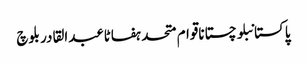
پاکستانبلوچستاناقوام متحدہفاٹاعبدالقادر بلوچ